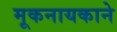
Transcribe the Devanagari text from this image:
मूकनायकाने